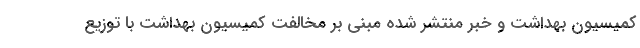
کمیسیون بهداشت و خبر منتشر شده مبنی بر مخالفت کمیسیون بهداشت با توزیع